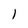
Character: 1